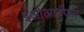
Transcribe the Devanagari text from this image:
ईओआईएस